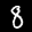
Label: 8